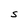
Character: S